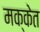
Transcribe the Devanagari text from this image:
मक्केत